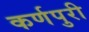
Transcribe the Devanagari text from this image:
कर्णपुरी